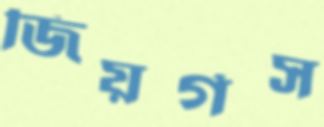
জিয়র্গস